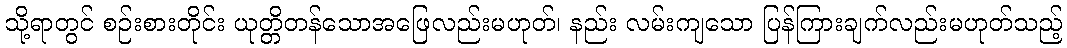
သို့ရာတွင် စဉ်းစားတိုင်း ယုတ္တိတန်သောအဖြေလည်းမဟုတ်၊ နည်း လမ်းကျသော ပြန်ကြားချက်လည်းမဟုတ်သည့်